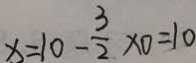
x = 1 0 - \frac { 3 } { 2 } \times 0 = 1 0